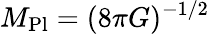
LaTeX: M_{\mathrm{Pl}}=(8\pi G)^{-1/2}